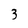
Character: 3